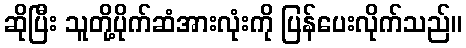
ဆိုပြီး သူတို့ပိုက်ဆံအားလုံးကို ပြန်ပေးလိုက်သည်။